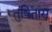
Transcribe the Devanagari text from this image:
तुषितांस